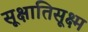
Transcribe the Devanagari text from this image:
सूक्षातिसूक्ष्म